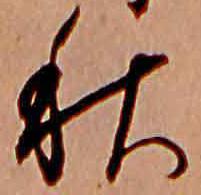
秋